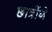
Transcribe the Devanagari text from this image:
छात्रोंने